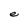
Character: e